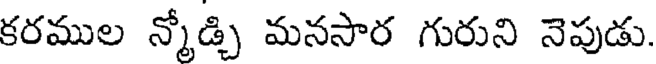
కరముల న్మోడ్చి మనసార గురుని నెపుడు.